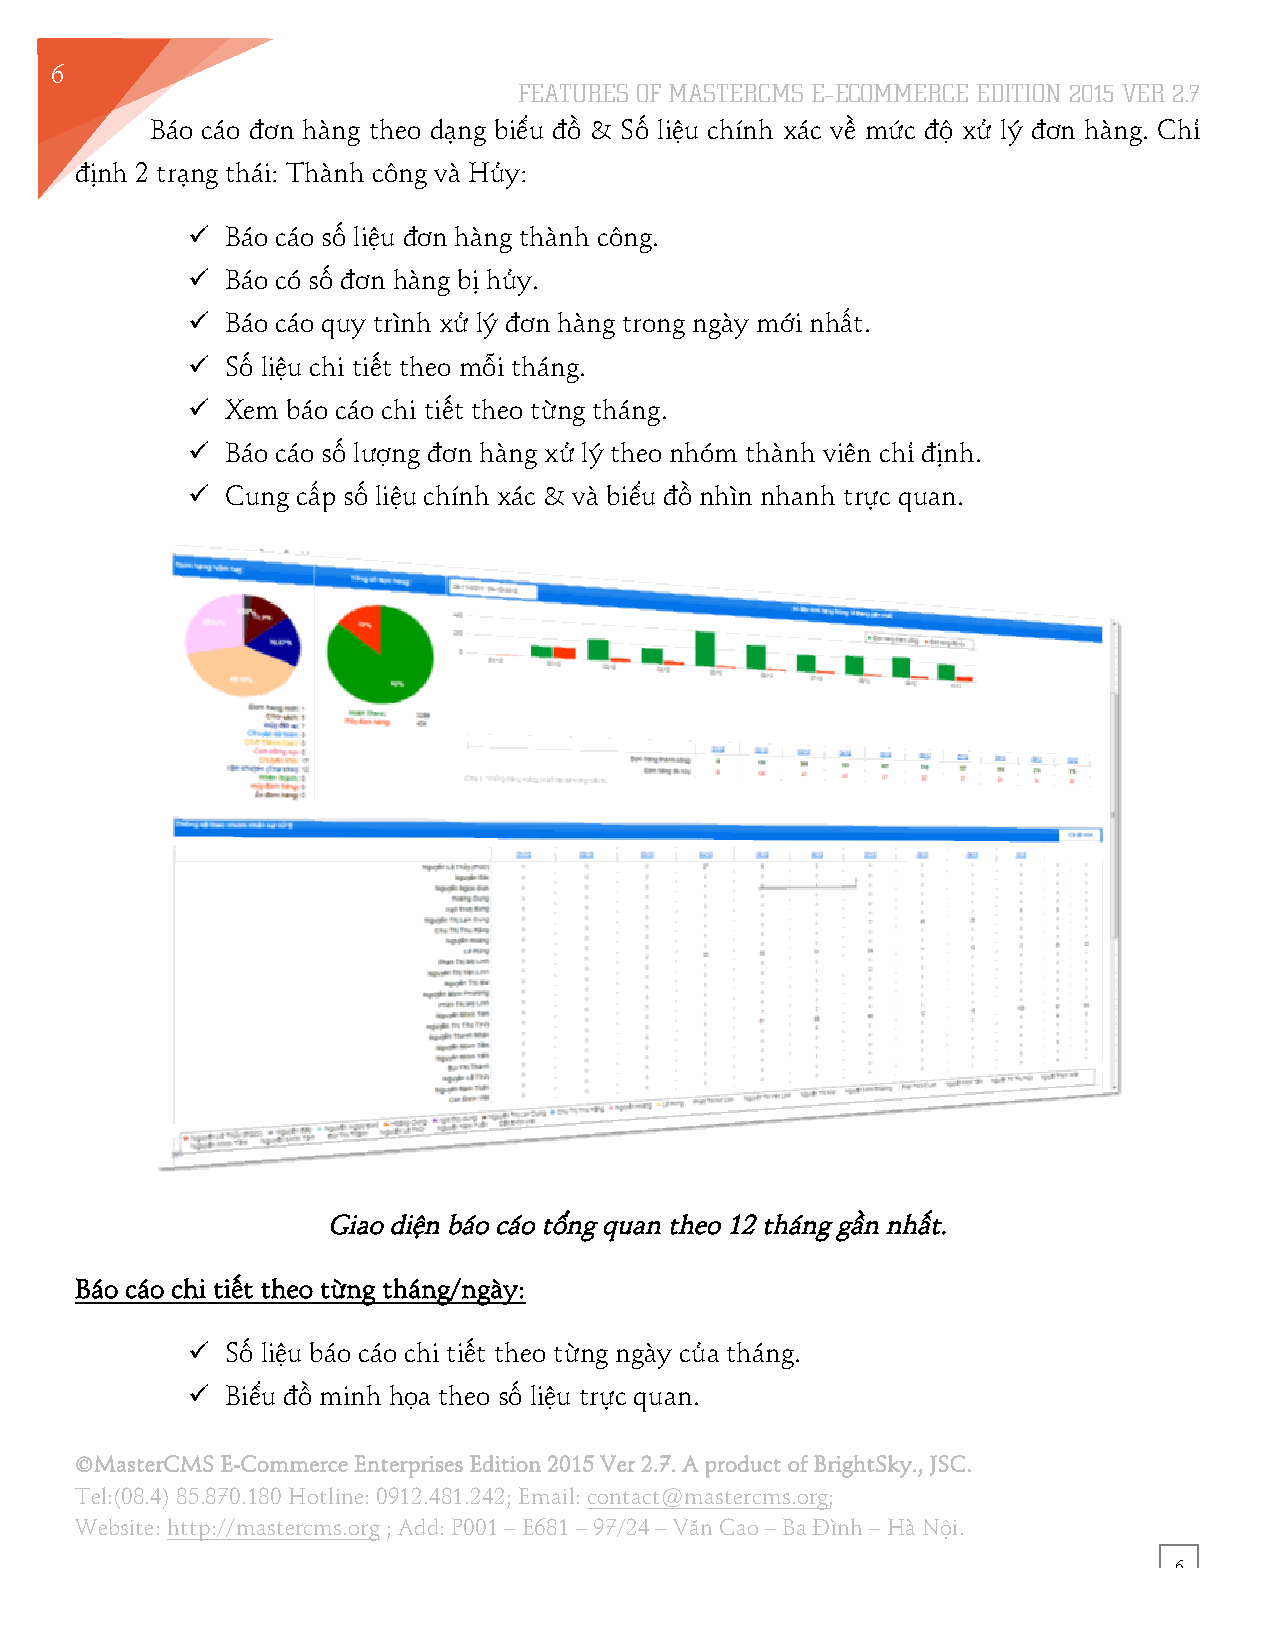
6
 FEATURES OF MASTERCMS E–ECOMMERCE EDITION 2015 VER 2.7
 6
 Báo cáo đơn hàng theo dạng biểu đồ & Số liệu chính xác về mức độ xử lý đơn hàng. Chỉ
 định 2 trạng thái: Thành công và Hủy:
 !! Báo cáo số liệu đơn hàng thành công.
 !! Báo có số đơn hàng bị hủy.
 !! Báo cáo quy trình xử lý đơn hàng trong ngày mới nhất.
 !! Số liệu chi tiết theo mỗi tháng.
 !! Xem báo cáo chi tiết theo từng tháng.
 !! Báo cáo số lượng đơn hàng xử lý theo nhóm thành viên chỉ định.
 !! Cung cấp số liệu chính xác & và biểu đồ nhìn nhanh trực quan.
 Giao diện báo cáo tổng quan theo 12 tháng gần nhất.
 Báo cáo chi tiết theo từng tháng/ngày:
 !! Số liệu báo cáo chi tiết theo từng ngày của tháng.
 !! Biểu đồ minh họa theo số liệu trực quan.
 ©MasterCMS E-Commerce Enterprises Edition 2015 Ver 2.7. A product of BrightSky., JSC.
 Tel:(08.4) 85.870.180 Hotline: 0912.481.242; Email: contact@mastercms.org;
 Website: http://mastercms.org ; Add: P001 – E681 – 97/24 – Văn Cao – Ba Đình – Hà Nội.
 6